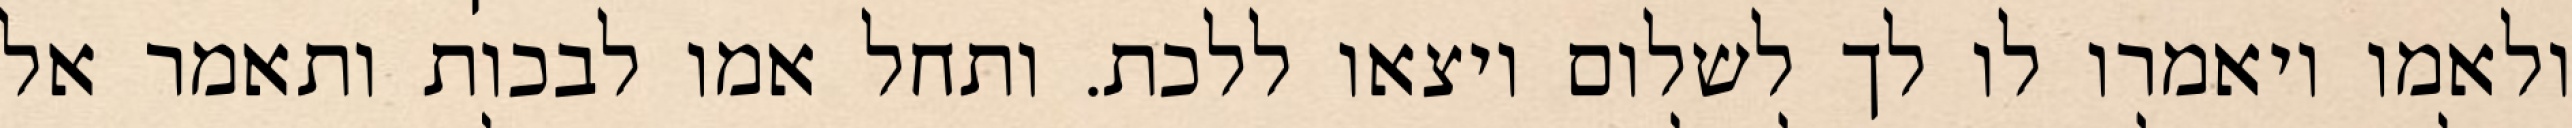
ולאמו ויאמרו לו לך לשלום ויצאו ללכת. ותחל אמו לבכות ותאמר אל